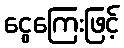
ငွေကြေးဖြင့်